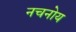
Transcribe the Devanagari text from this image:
नचनोय